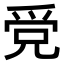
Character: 𤔓